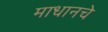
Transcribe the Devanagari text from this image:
माधानचे